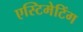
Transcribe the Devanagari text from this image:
एस्टिमेटिंग